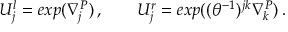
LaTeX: U _ { j } ^ { l } = e x p ( \nabla _ { j } ^ { P } ) \, , \qquad U _ { j } ^ { r } = e x p ( ( \theta ^ { - 1 } ) ^ { j k } \nabla _ { k } ^ { P } ) \, .